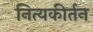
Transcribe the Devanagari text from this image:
नित्यकीर्तन